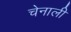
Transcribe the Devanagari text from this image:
चेनाली